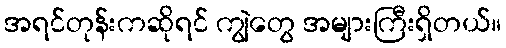
အရင်တုန်းကဆိုရင် ကျွဲတွေ အများကြီးရှိတယ်။